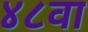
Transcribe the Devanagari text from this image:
४८वा